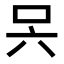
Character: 𭇊